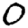
Digit: 0